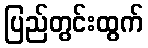
ပြည်တွင်းထွက်